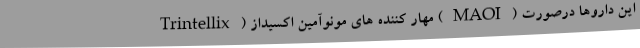
Trintellix) مهار کننده های مونوآمین اکسیداز (MAOI) این داروها درصورت